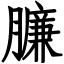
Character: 臁